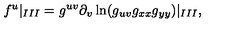
f ^ { u } | _ { I I I } = g ^ { u v } \partial _ { v } \ln ( g _ { u v } g _ { x x } g _ { y y } ) | _ { I I I } , { }